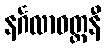
နင်္ဂလာဝတ္တနီ